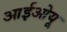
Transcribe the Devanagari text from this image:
आईओयू